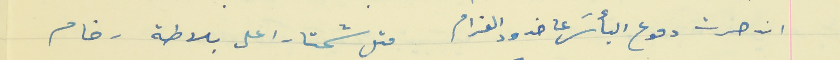
انحسرت دموع اليأسَ على خدود الغرام                        متل شحتارا على بلاطة رخام